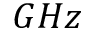
G H z